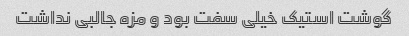
گوشت استیک خیلی سفت بود و مزه جالبی نداشت